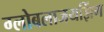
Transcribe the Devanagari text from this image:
ग्लोबलाजयझिंग